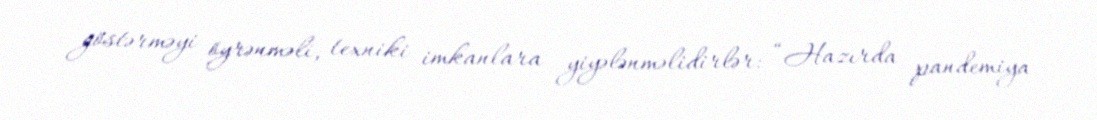
göstərməyi öyrənməli, texniki imkanlara yiyələnməlidirlər: “Hazırda pandemiya